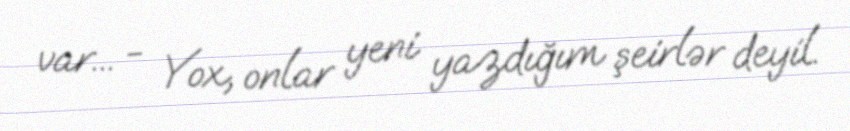
var... - Yox, onlar yeni yazdığım şeirlər deyil.